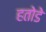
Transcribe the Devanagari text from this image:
हतोडे